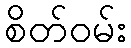
စိတ်ဝမ်း